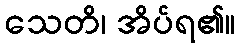
သေတိ၊ အိပ်ရ၏။